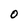
Character: 0